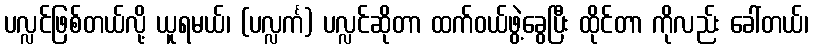
ပလ္လင်ဖြစ်တယ်လို့ ယူရမယ်၊ (ပလ္လင်္က) ပလ္လင်ဆိုတာ ထက်ဝယ်ဖွဲ့ခွေပြီး ထိုင်တာ ကိုလည်း ခေါ်တယ်၊